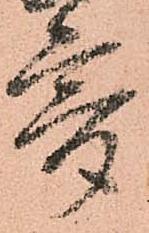
寄